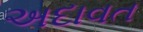
અદાવત